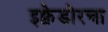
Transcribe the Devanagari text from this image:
इक्वेडोरचा